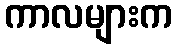
ကာလများက